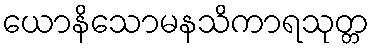
ယောနိသောမနသိကာရသုတ္တ